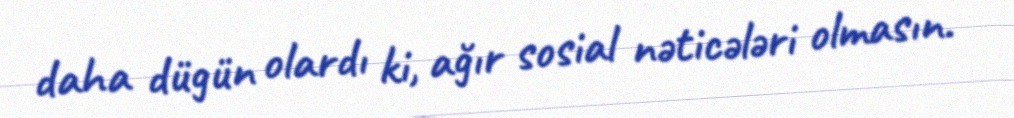
daha dügün olardı ki, ağır sosial nəticələri olmasın.